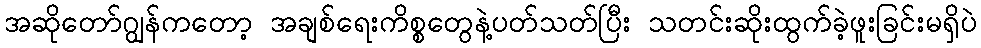
အဆိုတော်ဂျွန်ကတော့ အချစ်ရေးကိစ္စတွေနဲ့ပတ်သတ်ပြီး သတင်းဆိုးထွက်ခဲ့ဖူးခြင်းမရှိပဲ